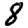
Digit: 8